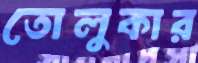
তোলুকার